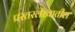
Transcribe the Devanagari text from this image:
प्रस्तरलेखातील